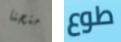
منحنا طوع